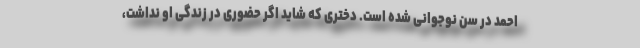
احمد در سن نوجوانی شده است. دختری که شاید اگر حضوری در زندگی او نداشت،